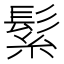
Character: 𮫅